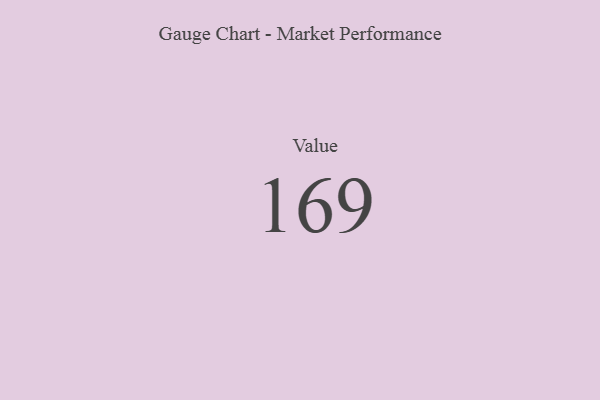
{"axis": {"x": "Metric", "y": "Value"}, "legend": [""], "data": [{"x": "Value", "y": 169, "type": ""}]}